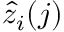
\hat { z } _ { i } ( j )